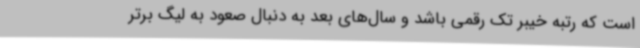
است که رتبه خیبر تک رقمی باشد و سال‌های بعد به دنبال صعود به لیگ برتر